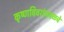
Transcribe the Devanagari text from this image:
कृष्णविवरांजवळचे